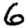
Digit: 6